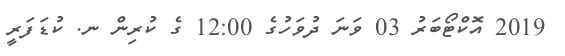
2019 އޮކްޓޯބަރު 03 ވަނަ ދުވަހުގެ 12:00 ގެ ކުރިން ނ. ކުޑަފަރީ